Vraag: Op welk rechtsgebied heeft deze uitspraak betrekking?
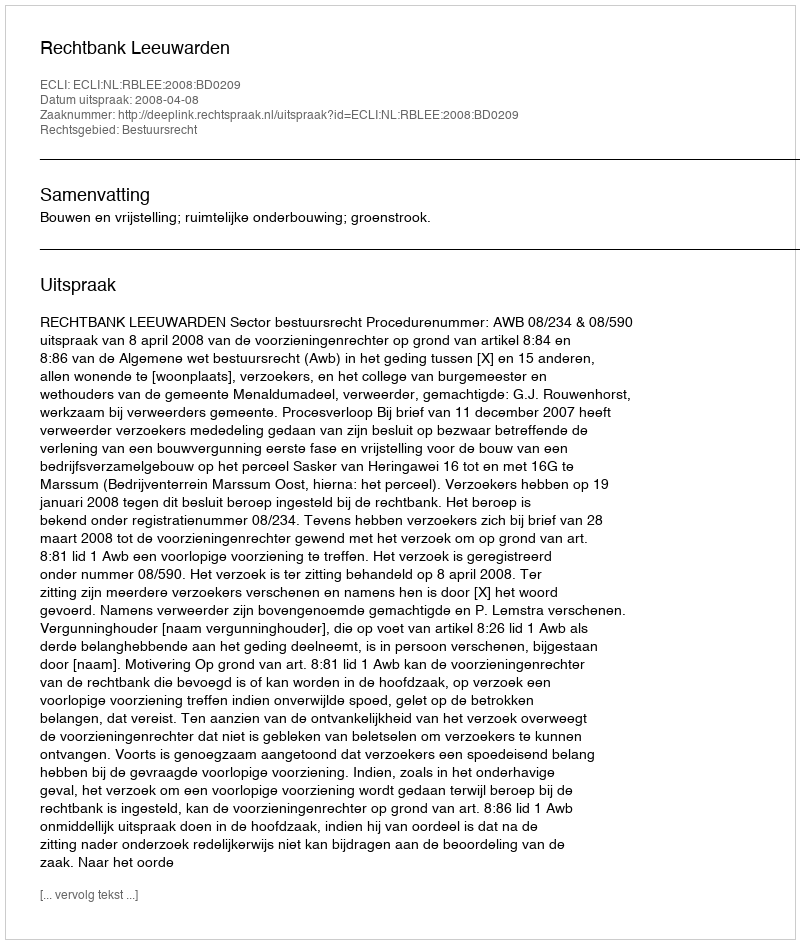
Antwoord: Bestuursrecht